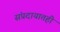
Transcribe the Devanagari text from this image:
संप्रदायातही